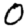
Digit: 0